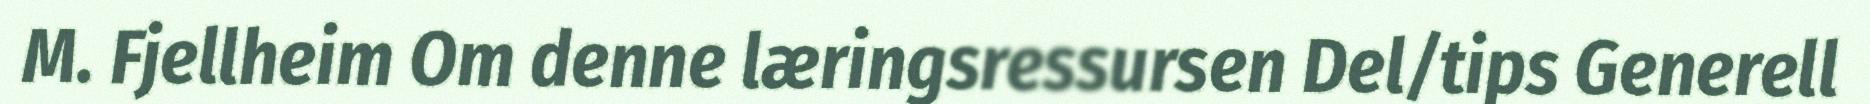
M. Fjellheim Om denne læringsressursen Del/tips Generell